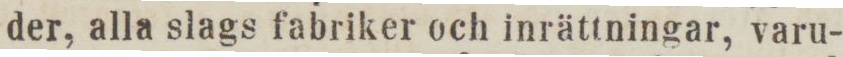
der, alla slags fabriker och inrättningar, varu-